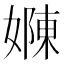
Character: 𭒜